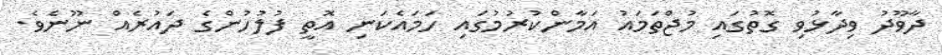
ދާވޫދު ވިދާޅުވި ގޮތުގައި މުޖްތަމައު އަމާންކުރުމުގައި ހަމައެކަނި އޮތީ ފުލުހުންގެ ދައުރެއް ނޫނެވެ.